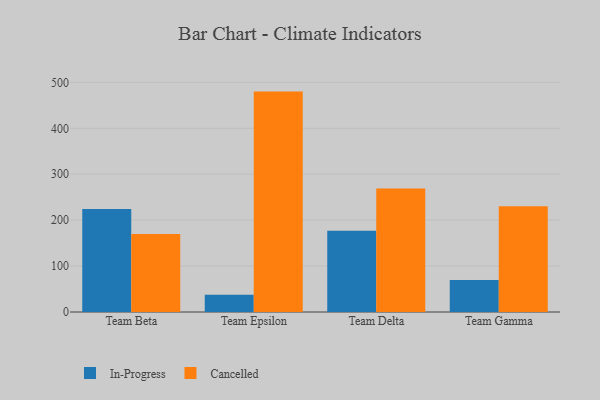
{"axis": {"x": "Team", "y": "Satisfaction Score"}, "legend": ["Cancelled", "In-Progress"], "data": [{"x": "Team Beta", "y": 224.5, "type": "In-Progress"}, {"x": "Team Beta", "y": 170.0, "type": "Cancelled"}, {"x": "Team Epsilon", "y": 37.6, "type": "In-Progress"}, {"x": "Team Epsilon", "y": 479.9, "type": "Cancelled"}, {"x": "Team Delta", "y": 176.8, "type": "In-Progress"}, {"x": "Team Delta", "y": 269.0, "type": "Cancelled"}, {"x": "Team Gamma", "y": 69.5, "type": "In-Progress"}, {"x": "Team Gamma", "y": 230.2, "type": "Cancelled"}]}